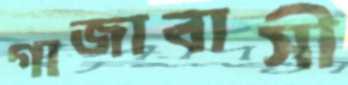
গাজাবাসী